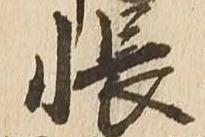
帳